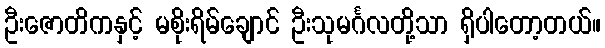
ဦးဇောတိကနှင့် မစိုးရိမ်ချောင် ဦးသုမင်္ဂလတို့သာ ရှိပါတော့တယ်။